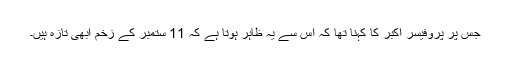
جس پر پروفیسر اکبر کا کہنا تھا کہ اس سے یہ ظاہر ہوتا ہے کہ 11 ستمبر کے زخم ابھی تازہ ہیں۔